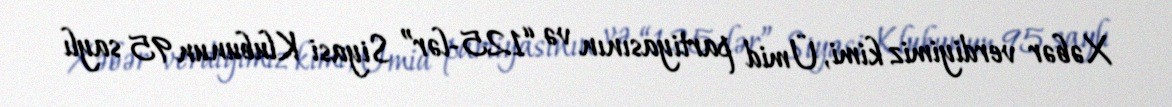
Xəbər verdiyimiz kimi, Ümid partiyasının və “125-lər” Siyasi Klubunun 95 saylı